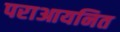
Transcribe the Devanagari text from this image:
पराआयनित